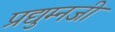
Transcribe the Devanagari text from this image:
प्रद्युम्नजी